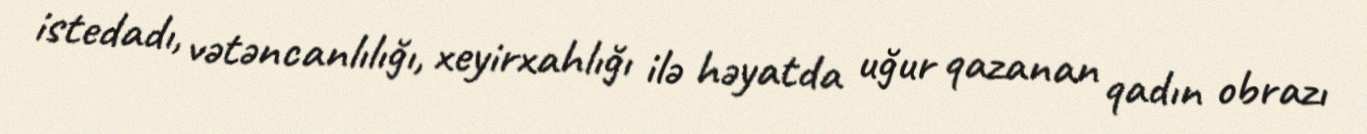
istedadı, vətəncanlılığı, xeyirxahlığı ilə həyatda uğur qazanan qadın obrazı